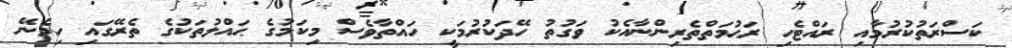
ކަސްރަތުކުރުމާއި ރައްޓެހި ރަޙުމަތްތެރިންނާއެކު ވަގުތު ހޭދަކުރުމަކީ ހައްތާވެސް މިކަމުގެ ޙައްލުތަކުގެ ތެރޭގައި ހިމެނޭ